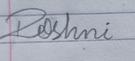
Signature authenticity: forged